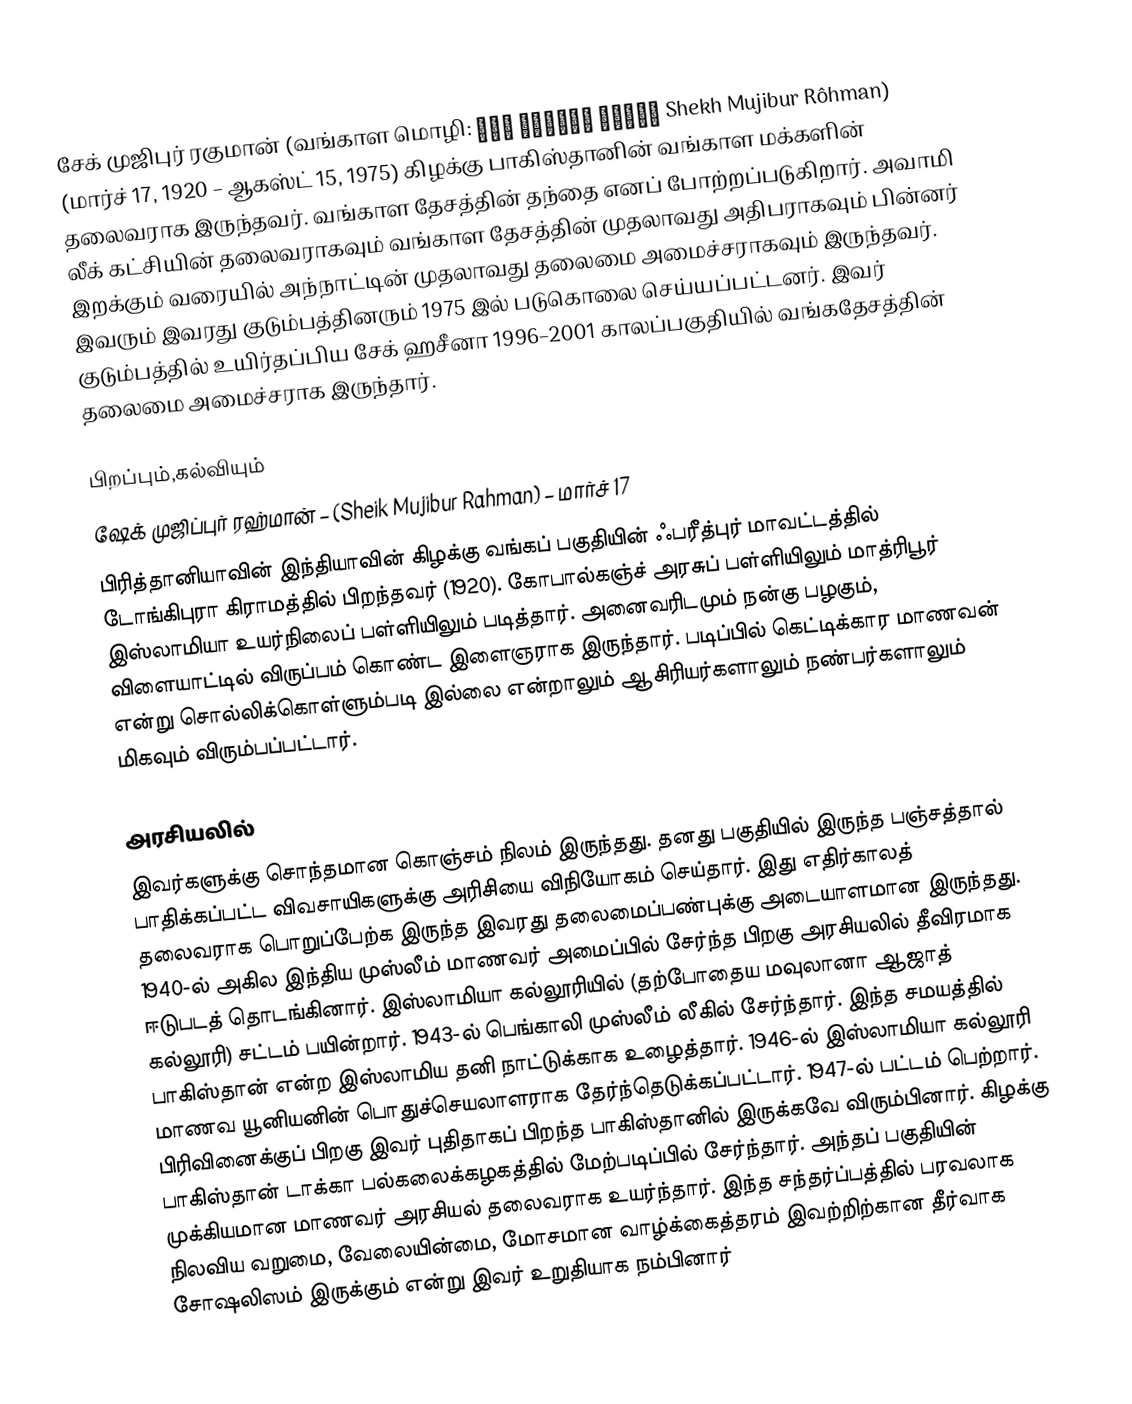
சேக் முஜிபுர் ரகுமான் (வங்காள மொழி: শেখ মুজিবর রহমান Shekh Mujibur Rôhman) (மார்ச் 17, 1920 – ஆகஸ்ட் 15, 1975) கிழக்கு பாகிஸ்தானின் வங்காள மக்களின் தலைவராக இருந்தவர். வங்காள தேசத்தின் தந்தை எனப் போற்றப்படுகிறார். அவாமி லீக் கட்சியின் தலைவராகவும் வங்காள தேசத்தின் முதலாவது அதிபராகவும் பின்னர் இறக்கும் வரையில் அந்நாட்டின் முதலாவது தலைமை அமைச்சராகவும் இருந்தவர். இவரும் இவரது குடும்பத்தினரும் 1975 இல் படுகொலை செய்யப்பட்டனர். இவர் குடும்பத்தில் உயிர்தப்பிய சேக் ஹசீனா 1996–2001 காலப்பகுதியில் வங்கதேசத்தின் தலைமை அமைச்சராக இருந்தார்.

பிறப்பும்,கல்வியும்
ஷேக் முஜிப்புர் ரஹ்மான் – (Sheik Mujibur Rahman) – மார்ச் 17
பிரித்தானியாவின் இந்தியாவின் கிழக்கு வங்கப் பகுதியின் ஃபரீத்புர் மாவட்டத்தில் டோங்கிபுரா கிராமத்தில் பிறந்தவர் (1920). கோபால்கஞ்ச் அரசுப் பள்ளியிலும் மாத்ரிபூர் இஸ்லாமியா உயர்நிலைப் பள்ளியிலும் படித்தார். அனைவரிடமும் நன்கு பழகும், விளையாட்டில் விருப்பம் கொண்ட இளைஞராக இருந்தார். படிப்பில் கெட்டிக்கார மாணவன் என்று சொல்லிக்கொள்ளும்படி இல்லை என்றாலும் ஆசிரியர்களாலும் நண்பர்களாலும் மிகவும் விரும்பப்பட்டார்.

அரசியலில்
இவர்களுக்கு சொந்தமான கொஞ்சம் நிலம் இருந்தது. தனது பகுதியில் இருந்த பஞ்சத்தால் பாதிக்கப்பட்ட விவசாயிகளுக்கு அரிசியை விநியோகம் செய்தார். இது எதிர்காலத் தலைவராக பொறுப்பேற்க இருந்த இவரது தலைமைப்பண்புக்கு அடையாளமான இருந்தது. 1940-ல் அகில இந்திய முஸ்லீம் மாணவர் அமைப்பில் சேர்ந்த பிறகு அரசியலில் தீவிரமாக ஈடுபடத் தொடங்கினார். இஸ்லாமியா கல்லூரியில் (தற்போதைய மவுலானா ஆஜாத் கல்லூரி) சட்டம் பயின்றார். 1943-ல் பெங்காலி முஸ்லீம் லீகில் சேர்ந்தார். இந்த சமயத்தில் பாகிஸ்தான் என்ற இஸ்லாமிய தனி நாட்டுக்காக உழைத்தார். 1946-ல் இஸ்லாமியா கல்லூரி மாணவ யூனியனின் பொதுச்செயலாளராக தேர்ந்தெடுக்கப்பட்டார். 1947-ல் பட்டம் பெற்றார். பிரிவினைக்குப் பிறகு இவர் புதிதாகப் பிறந்த பாகிஸ்தானில் இருக்கவே விரும்பினார். கிழக்கு பாகிஸ்தான் டாக்கா பல்கலைக்கழகத்தில் மேற்படிப்பில் சேர்ந்தார். அந்தப் பகுதியின் முக்கியமான மாணவர் அரசியல் தலைவராக உயர்ந்தார். இந்த சந்தர்ப்பத்தில் பரவலாக நிலவிய வறுமை, வேலையின்மை, மோசமான வாழ்க்கைத்தரம் இவற்றிற்கான தீர்வாக சோஷலிஸம் இருக்கும் என்று இவர் உறுதியாக நம்பினார்